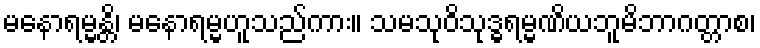
မနောရမ္မန္တိ၊ မနောရမ္မဟူသည်ကား။ သမသုဝိသုဒ္ဓရမ္မဏိယဘူမိဘာဂတ္တာစ၊